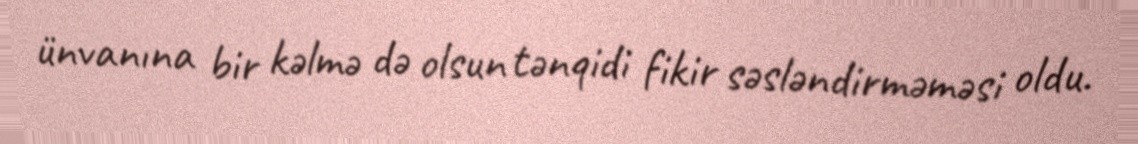
ünvanına bir kəlmə də olsun tənqidi fikir səsləndirməməsi oldu.